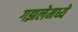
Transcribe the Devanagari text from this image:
गझलेमध्ये